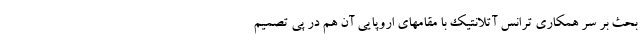
بحث بر سر همکاری ترانس آتلانتیک با مقامهای اروپایی آن هم در پی تصمیم